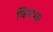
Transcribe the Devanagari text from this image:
विस्टास